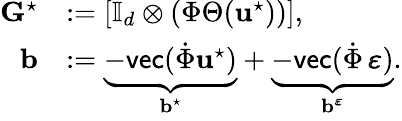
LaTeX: \begin{array}{rl}{\mathbf{G}^{\star}}&{:=[\mathbb{I}_{d}\otimes(\Phi\Theta(\mathbf{u}^{\star}))],}\\ {\mathbf{b}}&{:=\underbrace{-\mathsf{vec}(\dot{\Phi}\mathbf{u}^{\star})}_{\begin{array}{c}{\mathbf{b}^{\star}}\end{array}}+\underbrace{-\textsf{vec}(\dot{\Phi}\, \pmb{\varepsilon})}_{\begin{array}{c}{\mathbf{b}^{\pmb{\varepsilon}}}\end{array}}.}\end{array}